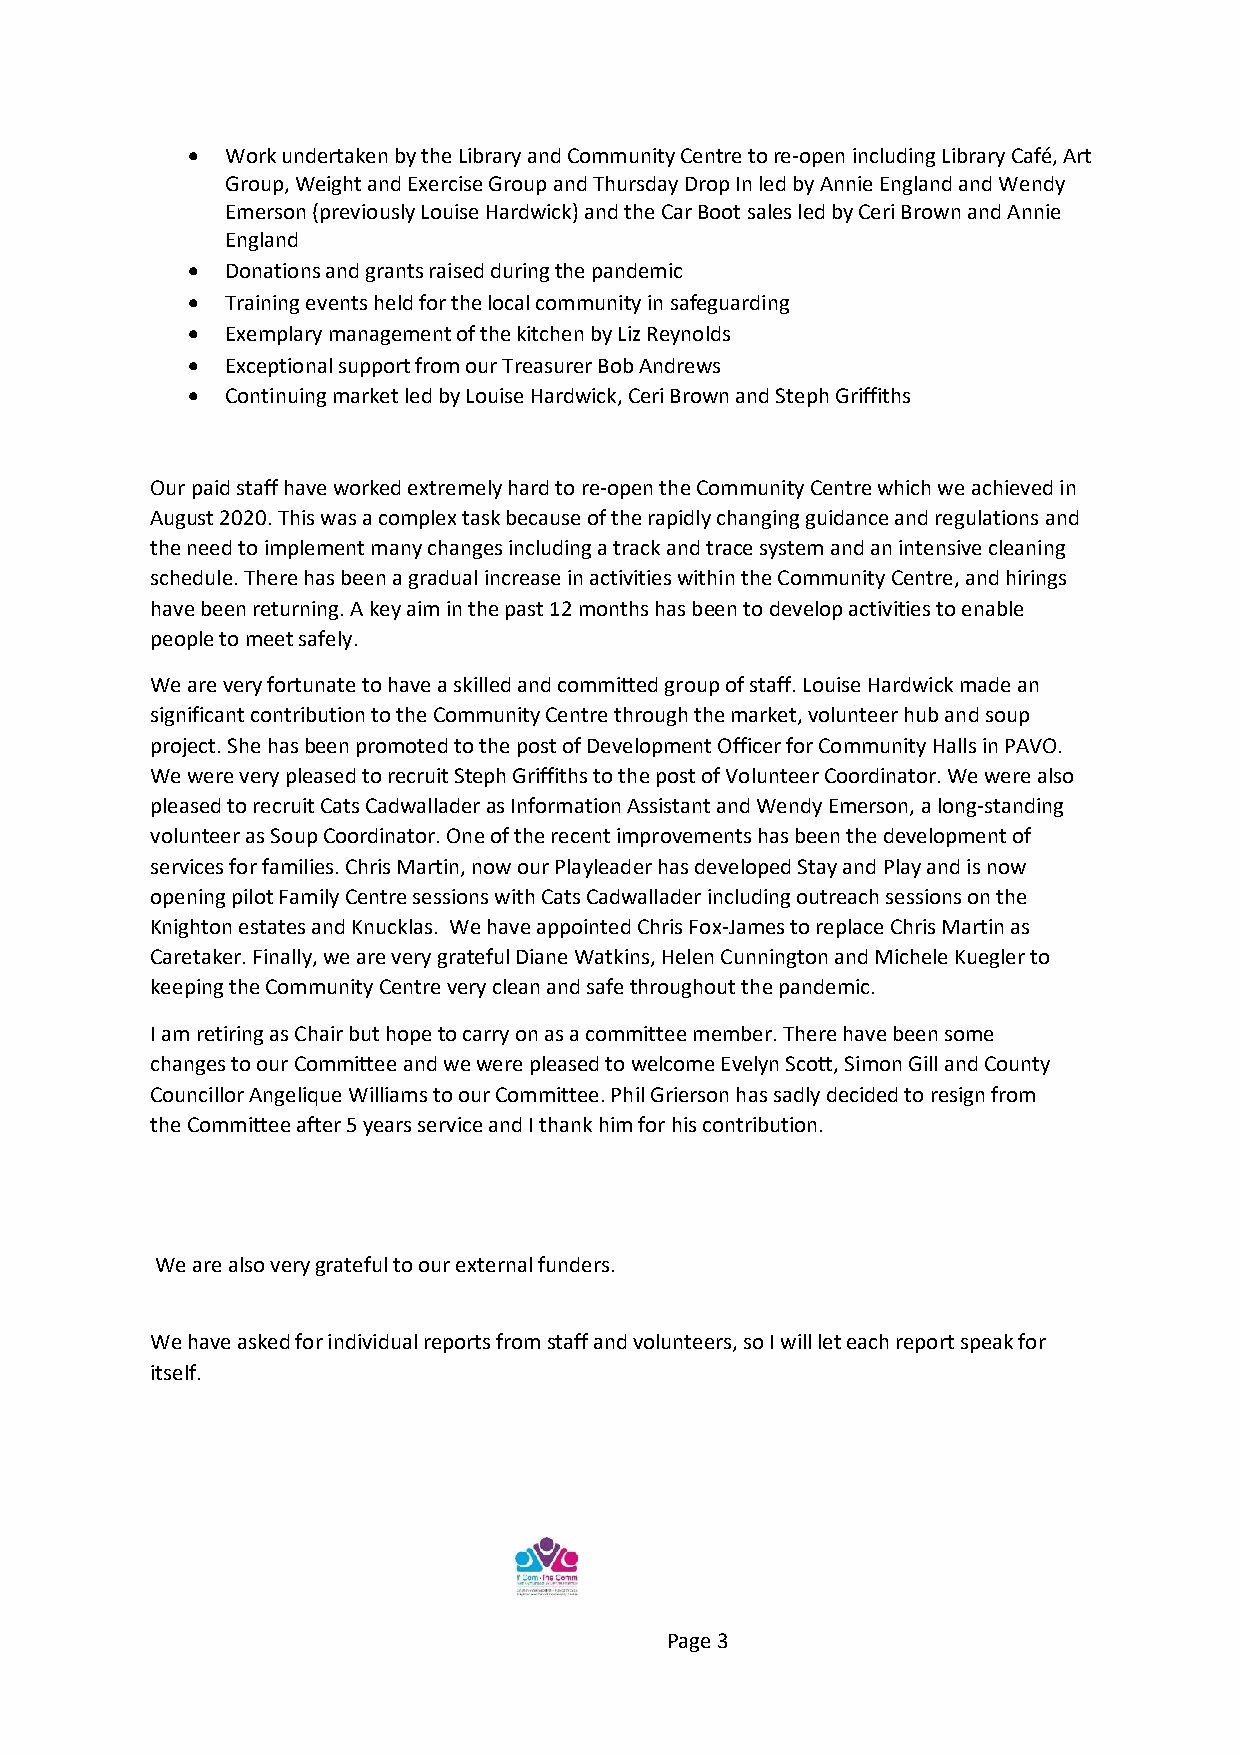
•  Work undertaken by the Library and Community Centre to re-open including Library Café, Art
 Group, Weight and Exercise Group and Thursday Drop In led by Annie England and Wendy
 Emerson (previously Louise Hardwick) and the Car Boot sales led by Ceri Brown and Annie
 England
 •  Donations and grants raised during the pandemic
 •  Training events held for the local community in safeguarding
 •  Exemplary management of the kitchen by Liz Reynolds
 •  Exceptional support from our Treasurer Bob Andrews
 •  Continuing market led by Louise Hardwick, Ceri Brown and Steph Griffiths
 Our paid staff have worked extremely hard to re-open the Community Centre which we achieved in
 August 2020. This was a complex task because of the rapidly changing guidance and regulations and
 the need to implement many changes including a track and trace system and an intensive cleaning
 schedule. There has been a gradual increase in activities within the Community Centre, and hirings
 have been returning. A key aim in the past 12 months has been to develop activities to enable
 people to meet safely.
 We are very fortunate to have a skilled and committed group of staff. Louise Hardwick made an
 significant contribution to the Community Centre through the market, volunteer hub and soup
 project. She has been promoted to the post of Development Officer for Community Halls in PAVO.
 We were very pleased to recruit Steph Griffiths to the post of Volunteer Coordinator. We were also
 pleased to recruit Cats Cadwallader as Information Assistant and Wendy Emerson, a long-standing
 volunteer as Soup Coordinator. One of the recent improvements has been the development of
 services for families. Chris Martin, now our Playleader has developed Stay and Play and is now
 opening pilot Family Centre sessions with Cats Cadwallader including outreach sessions on the
 Knighton estates and Knucklas. We have appointed Chris Fox-James to replace Chris Martin as
 Caretaker. Finally, we are very grateful Diane Watkins, Helen Cunnington and Michele Kuegler to
 keeping the Community Centre very clean and safe throughout the pandemic.
 I am retiring as Chair but hope to carry on as a committee member. There have been some
 changes to our Committee and we were pleased to welcome Evelyn Scott, Simon Gill and County
 Councillor Angelique Williams to our Committee. Phil Grierson has sadly decided to resign from
 the Committee after 5 years service and I thank him for his contribution.
 We are also very grateful to our external funders.
 We have asked for individual reports from staff and volunteers, so I will let each report speak for
 itself.
 Page 3